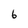
Character: 6